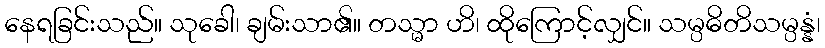
နေရခြင်းသည်။ သုခေါ၊ ချမ်းသာ၏။ တသ္မာ ဟိ၊ ထိုကြောင့်လျှင်။ သမ္ပဓိတိသမ္ပန္နံ၊